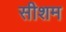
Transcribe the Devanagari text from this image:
सीशम